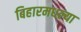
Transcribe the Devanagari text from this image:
बिहारमधल्या